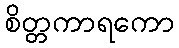
စိတ္တကာရကော